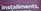
installments